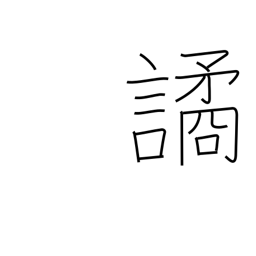
Meaning: deceive